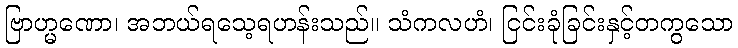
ဗြာဟ္မဏော၊ အဘယ်ရသေ့ရဟန်းသည်။ သံကလဟံ၊ ငြင်းခုံခြင်းနှင့်တကွသော